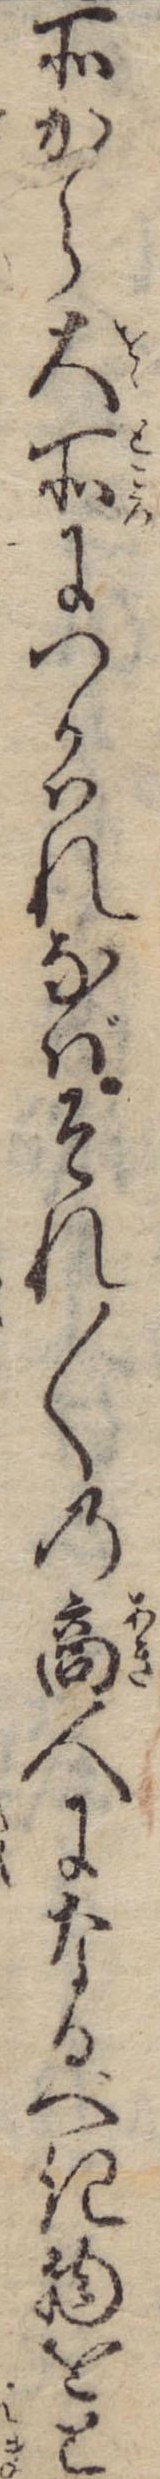
所から大所につかはれなばそれ〱の商人になるべき物をと